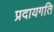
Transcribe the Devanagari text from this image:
प्रदायगति